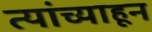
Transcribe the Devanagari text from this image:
त्यांच्याहून